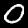
Label: 0